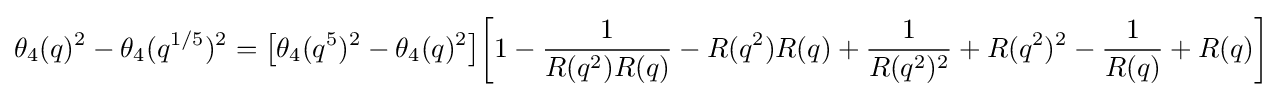
\theta _{4}(q)^{2}-\theta _{4}(q^{1/5})^{2}={\bigl [}\theta _{4}(q^{5})^{2}-\theta _{4}(q)^{2}{\bigr ]}{\biggl [}1-{\frac {1}{R(q^{2})R(q)}}-R(q^{2})R(q)+{\frac {1}{R(q^{2})^{2}}}+R(q^{2})^{2}-{\frac {1}{R(q)}}+R(q){\biggr ]}